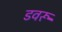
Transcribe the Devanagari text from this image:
डवरू